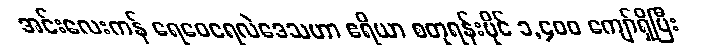
အင်းလေးကန် ရေဝေရေလဲဒေသဟာ ဧရိယာ စတုရန်းမိုင် ၁,၄၀၀ ကျော်ရှိပြီး